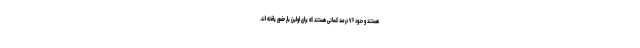
هستند و حدود ۷۶ درصد کسانی هستند که برای اولین بار حضور یافته اند.